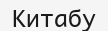
Китабу